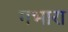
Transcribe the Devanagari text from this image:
गभारा